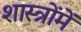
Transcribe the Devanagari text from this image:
शास्‍त्रोंमें